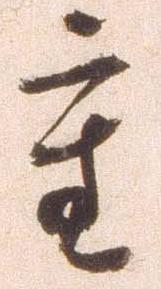
重